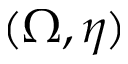
( \Omega , \eta )